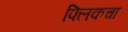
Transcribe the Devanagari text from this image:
फ्लिकचा